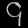
Digit: ၄